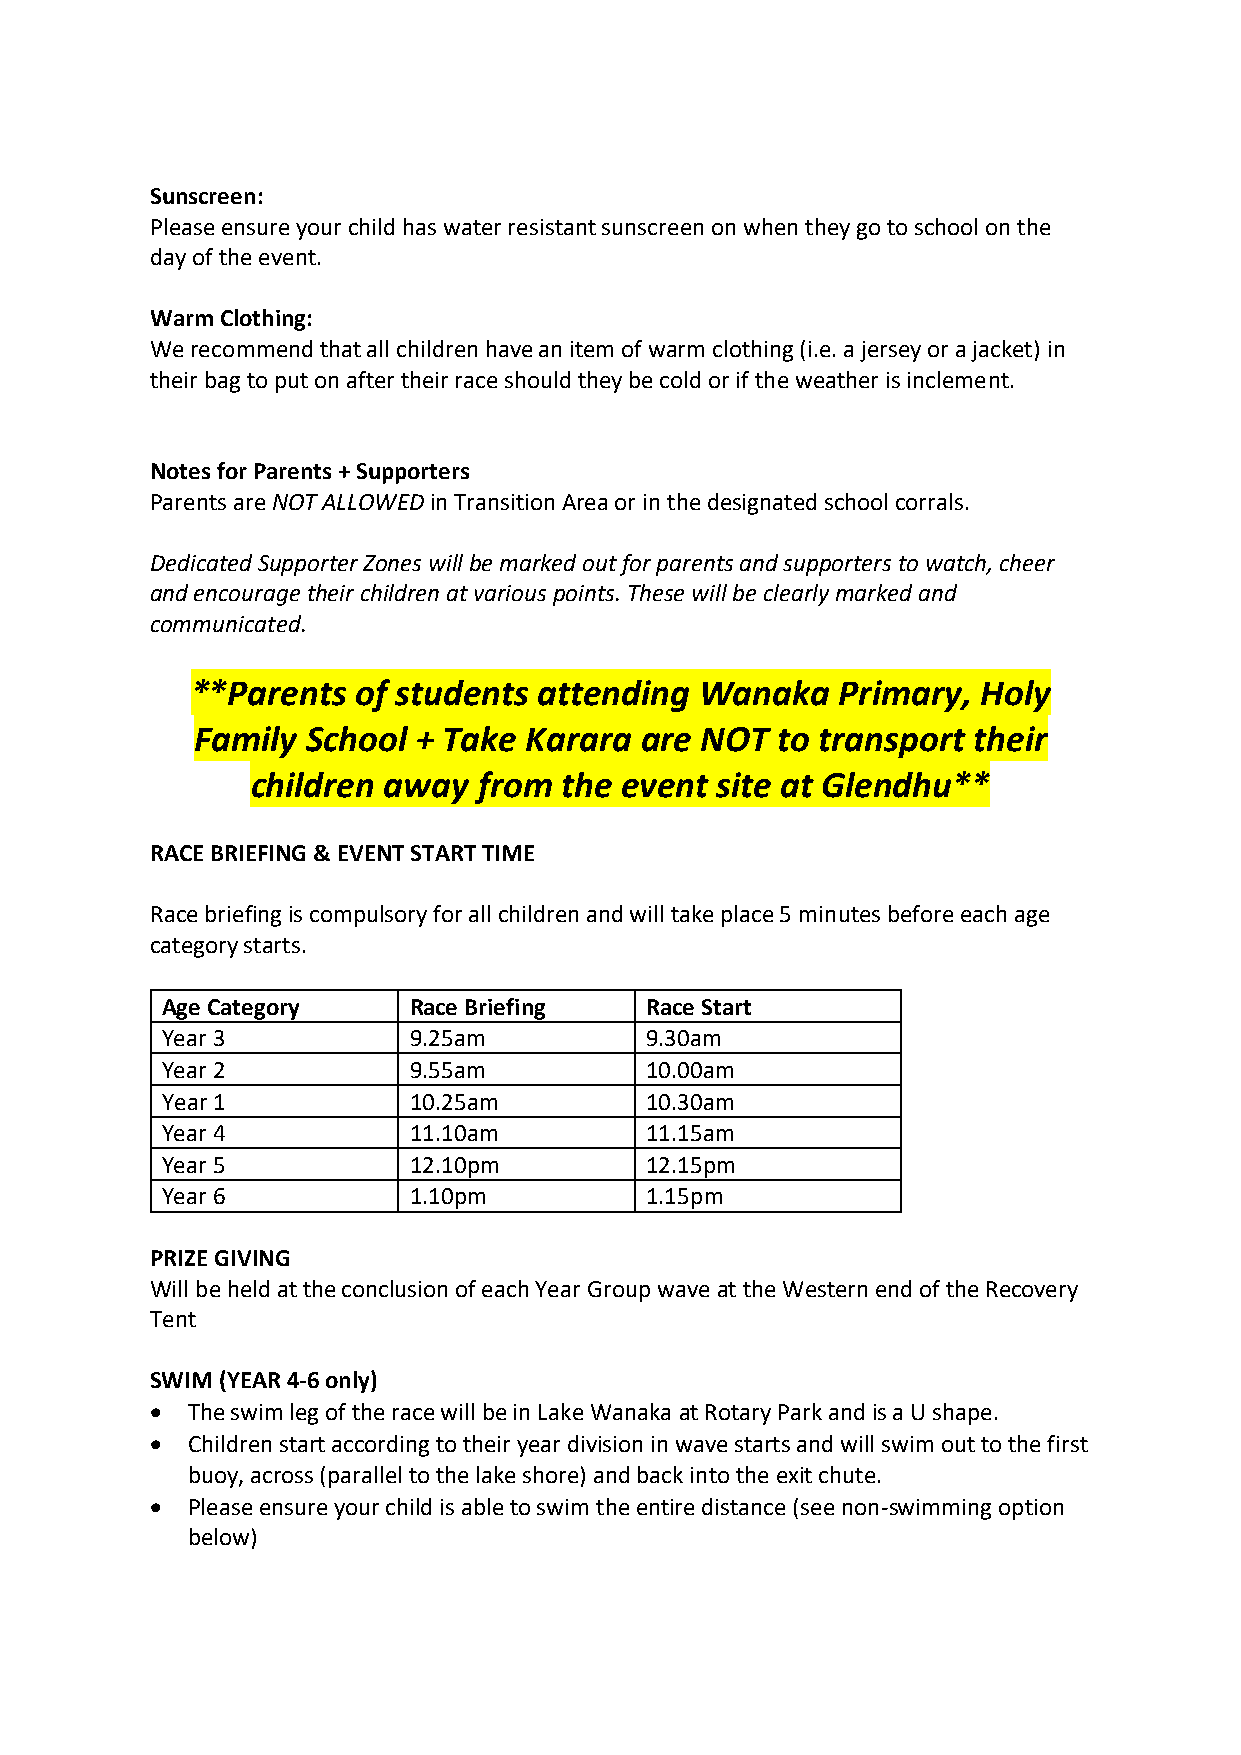
Sunscreen:
 Please ensure your child has water resistant sunscreen on when they go to school on the
 day of the event.
 Warm Clothing:
 We recommend that all children have an item of warm clothing (i.e. a jersey or a jacket) in
 their bag to put on after their race should they be cold or if the weather is inclement.
 Notes for Parents + Supporters
 Parents are NOT ALLOWED in Transition Area or in the designated school corrals.
 Dedicated Supporter Zones will be marked out for parents and supporters to watch, cheer
 and encourage their children at various points. These will be clearly marked and
 communicated.
 **Parents  of students attending Wanaka   Primary,  Holy
 Family School + Take  Karara are NOT  to transport their
 children away  from the event site at Glendhu**
 RACE BRIEFING & EVENT START TIME
 Race briefing is compulsory for all children and will take place 5 minutes before each age
 category starts.
 Age Category    Race Briefing   Race Start
 Year 3          9.25am          9.30am
 Year 2          9.55am          10.00am
 Year 1          10.25am         10.30am
 Year 4          11.10am         11.15am
 Year 5          12.10pm         12.15pm
 Year 6          1.10pm          1.15pm
 PRIZE GIVING
 Will be held at the conclusion of each Year Group wave at the Western end of the Recovery
 Tent
 SWIM (YEAR 4-6 only)
 • The swim leg of the race will be in Lake Wanaka at Rotary Park and is a U shape.
 • Children start according to their year division in wave starts and will swim out to the first
 buoy, across (parallel to the lake shore) and back into the exit chute.
 • Please ensure your child is able to swim the entire distance (see non-swimming option
 below)